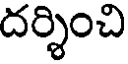
దర్శించి